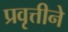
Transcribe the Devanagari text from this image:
प्रवृत्तीने